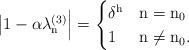
LaTeX: \begin{align*}\big|1-\alpha\lambda^{(3)}_{\mathrm{n}}\Big| = \begin{cases}\delta^\mathrm{h} & \mathrm{n} = \mathrm{n}_0 \\1 & \mathrm{n} \ne \mathrm{n}_0.\end{cases} \end{align*}